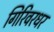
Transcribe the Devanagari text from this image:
गिरिवरधर